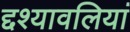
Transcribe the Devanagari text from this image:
द्दश्यावलियां